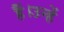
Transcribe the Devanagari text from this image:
हैं।उन्हें